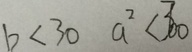
b < 3 0 a ^ { 2 } < 3 0 0